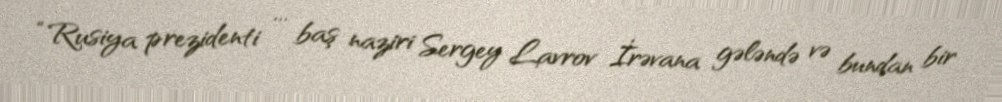
“Rusiya prezidenti ... baş naziri Sergey Lavrov İrəvana gələndə və bundan bir